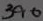
Text: 390